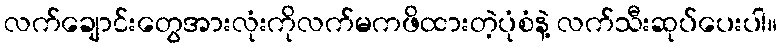
လက်ချောင်းတွေအားလုံးကိုလက်မကဖိထားတဲ့ပုံစံနဲ့ လက်သီးဆုပ်ပေးပါ။